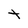
Character: t